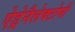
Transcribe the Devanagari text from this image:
ऐड्रेनैलेक्टोमी